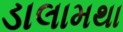
ડાલામથા